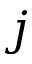
\boldsymbol { j }